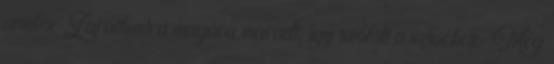
amikor Zarathustra magára maradt, így szólott a szívéhez: ‘Még